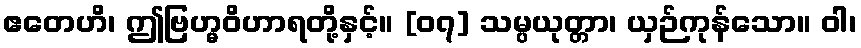
ဧတေဟိ၊ ဤဗြဟ္မဝိဟာရတို့နှင့်။ [၀၇] သမ္ပယုတ္တာ၊ ယှဉ်ကုန်သော။ ဝါ၊